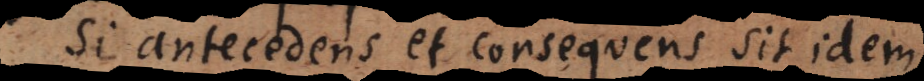
Si antecedens et consequens sit idem